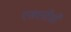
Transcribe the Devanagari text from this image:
एसएटीसी